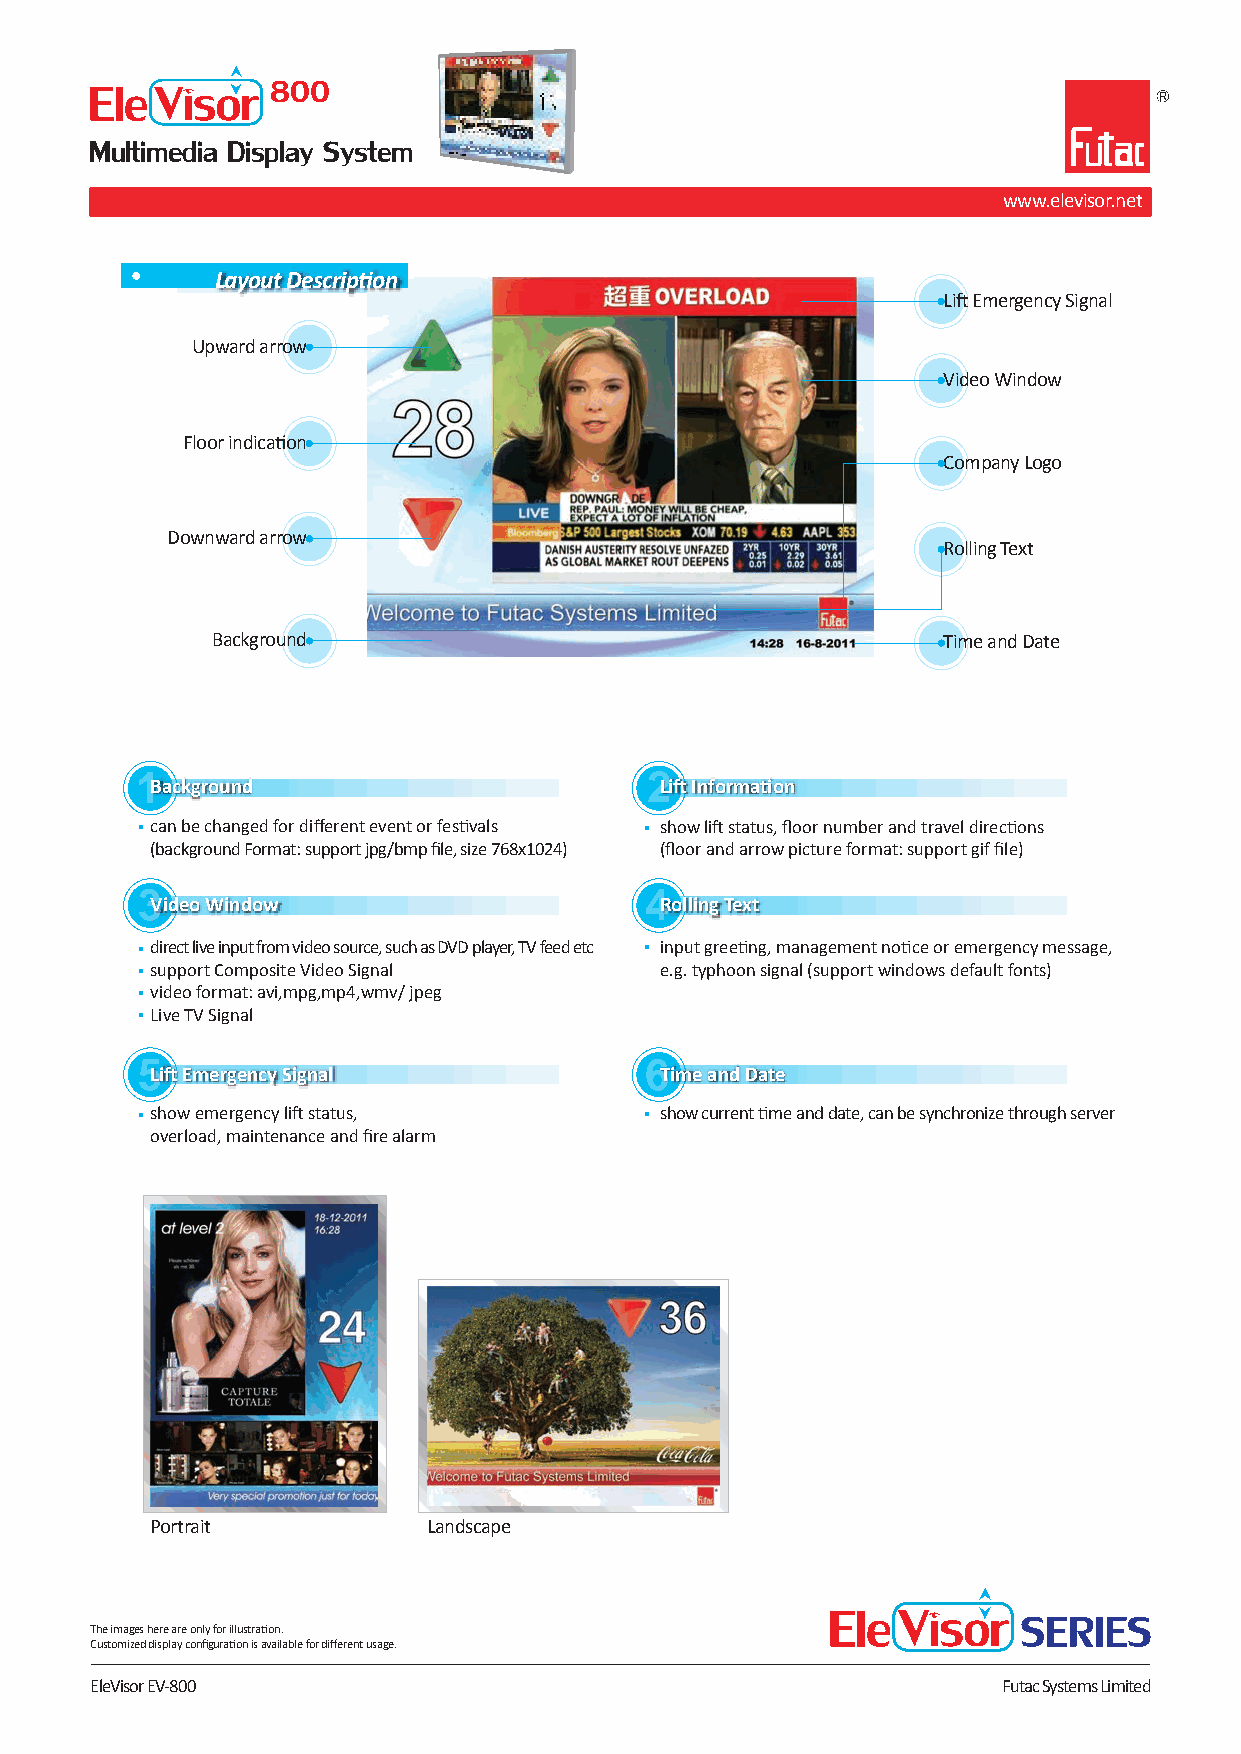
Multimedia Display System
 www.elevisor.net
 Layout Description
 Lift Emergency Signal
 Upward arrow
 Video Window
 Floor indication
 Company Logo
 Downward arrow
 Rolling Text
 Background                                      Time and Date
 1Background                       2Lift Information
 can be changed for different event or festivals show lift status, floor number and travel directions
 (background Format: support jpg/bmp file, size 768x1024) (floor and arrow picture format: support gif file)
 3Video Window                     4Rolling Text
 direct live input from video source, such as DVD player, TV feed etc input greeting, management notice or emergency message,
 support Composite Video Signal    e.g. typhoon signal (support windows default fonts)
 video format: avi,mpg,mp4,wmv/ jpeg
 Live TV Signal
 5Lift Emergency Signal            6Time and Date
 show emergency lift status,       show current time and date, can be synchronize through server
 overload, maintenance and fire alarm
 Portrait          Landscape
 The images here are only for illustration.
 Customized display configuration is available for different usage.
 EleVisor EV-800                                             Futac Systems Limited